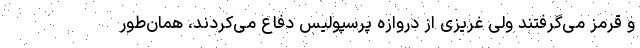
و قرمز می‌گرفتند ولی غریزی از دروازه پرسپولیس دفاع می‌کردند، همان‌طور